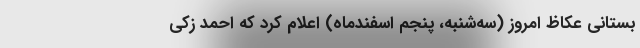
بستانی عکاظ امروز (سه‌شنبه، پنجم اسفندماه) اعلام کرد که احمد زکی